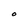
Character: O